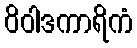
ဝိဝါဒကာရိကံ